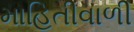
માહિતીવાળી